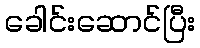
ခေါင်းဆောင်ပြီး